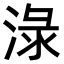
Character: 淥